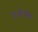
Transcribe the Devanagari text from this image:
देओधार